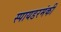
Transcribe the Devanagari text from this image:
स्पायडरमंकी